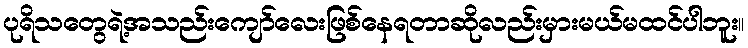
ပုရိသတွေရဲ့အသည်းကျော်လေးဖြစ်နေရတာဆိုလည်းမှားမယ်မထင်ပါဘူး။